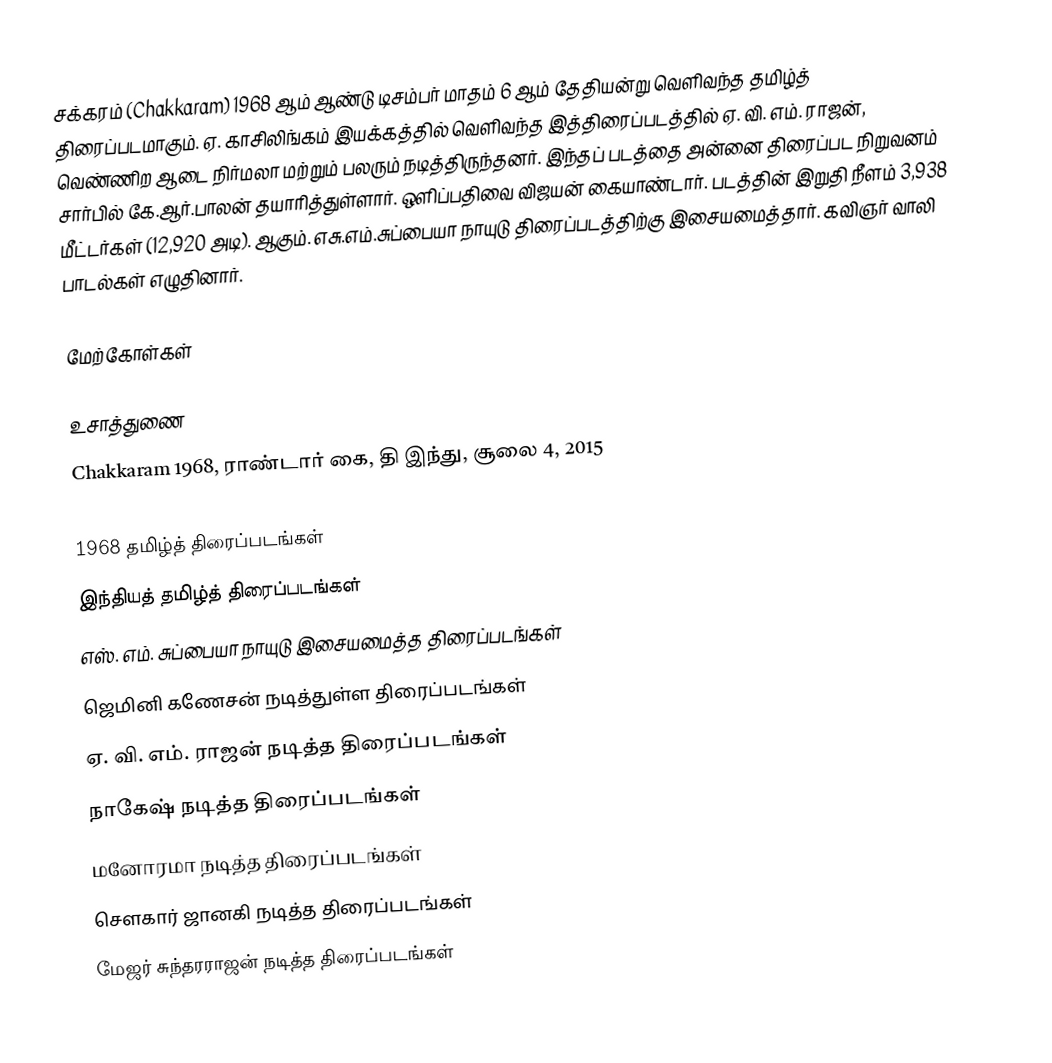
சக்கரம் (Chakkaram) 1968 ஆம் ஆண்டு டிசம்பர் மாதம் 6 ஆம் தேதியன்று வெளிவந்த தமிழ்த் திரைப்படமாகும். ஏ. காசிலிங்கம் இயக்கத்தில் வெளிவந்த இத்திரைப்படத்தில் ஏ. வி. எம். ராஜன், வெண்ணிற ஆடை நிர்மலா மற்றும் பலரும் நடித்திருந்தனர்.  இந்தப் படத்தை அன்னை திரைப்பட நிறுவனம் சார்பில் கே.ஆர்.பாலன் தயாரித்துள்ளார். ஒளிப்பதிவை விஜயன் கையாண்டார். படத்தின் இறுதி நீளம் 3,938 மீட்டர்கள் (12,920 அடி). ஆகும். எசு.எம்.சுப்பையா நாயுடு திரைப்படத்திற்கு இசையமைத்தார். கவிஞர் வாலி பாடல்கள் எழுதினார்.

மேற்கோள்கள்

உசாத்துணை
Chakkaram 1968, ராண்டார் கை, தி இந்து, சூலை 4, 2015

1968 தமிழ்த் திரைப்படங்கள்
இந்தியத் தமிழ்த் திரைப்படங்கள்
எஸ். எம். சுப்பையா நாயுடு இசையமைத்த திரைப்படங்கள்
ஜெமினி கணேசன் நடித்துள்ள திரைப்படங்கள்
ஏ. வி. எம். ராஜன் நடித்த திரைப்படங்கள்
நாகேஷ் நடித்த திரைப்படங்கள்
மனோரமா நடித்த திரைப்படங்கள்
சௌகார் ஜானகி நடித்த திரைப்படங்கள்
மேஜர் சுந்தரராஜன் நடித்த திரைப்படங்கள்